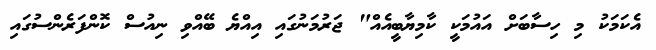
އެކަމަކު މި ހިސާބަށް އައުމަކީ ކާމިޔާބީއެއް" ޖަރުމަނުގައި އިއްޔެ ބޭއްވި ނިއުސް ކޮންފަރެންސުގައި